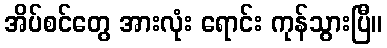
အိပ်စင်တွေ အားလုံး ရောင်း ကုန်သွားပြီ။